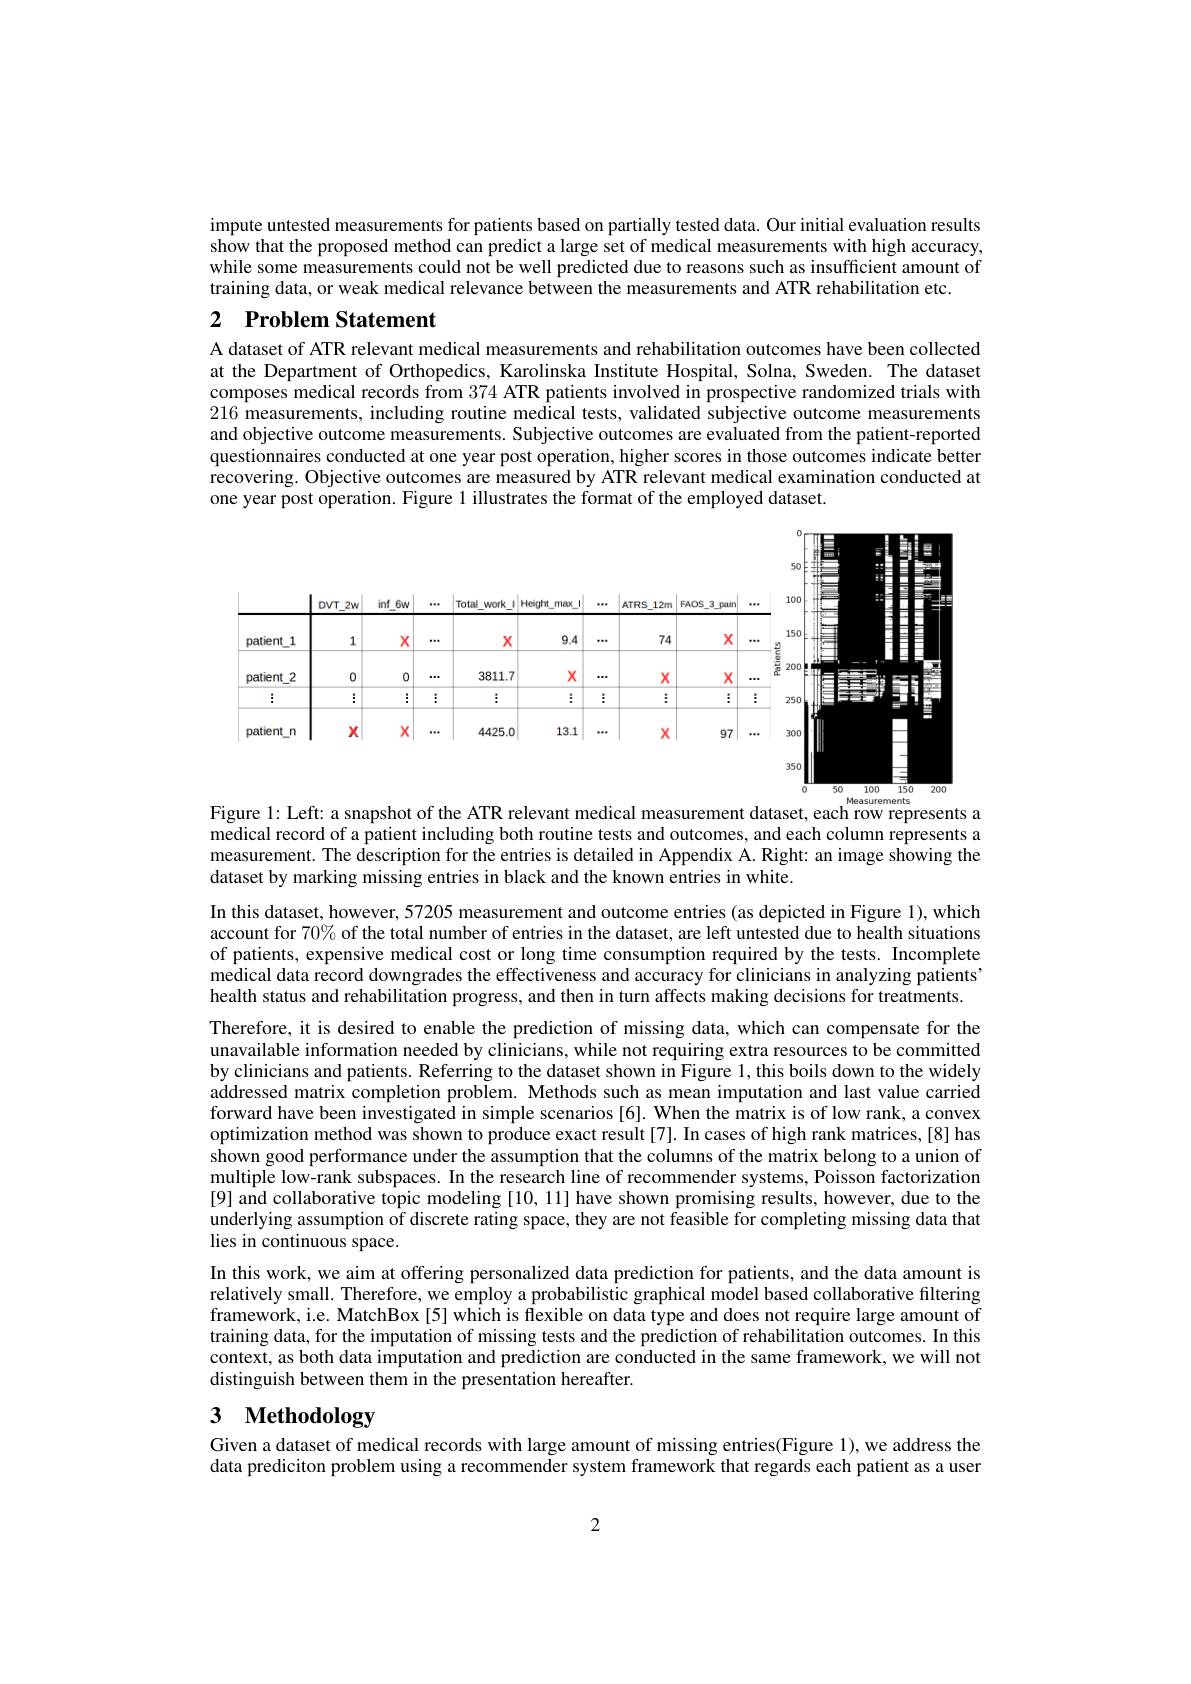
impute untested measurements for patients based on partially tested data. Our initial evaluation results $\dot{\text{show that the proposed method can predict a large set of medical measurements with high accuracy,}}$ while some measurements could not be well predicted due to reasons such as insufficient amount of training data, or weak medical relevance between the measurements and ATR rehabilitation etc.

## 2 Problem Statement

A dataset of ATR relevant medical measurements and rehabilitation outcomes have been collected at the Department of Orthopedics, Karolinska Institute Hospital, Solna, Sweden. The dataset composes medical records from 374 ATR patients involved in prospective randomized trials with 216 measurements, including routine medical tests, validated subjective outcome measurements and objective outcome measurements. Subjective outcomes are evaluated from the patient-reported questionnaires conducted at one year post operation, higher scores in those outcomes indicate better recovering. Objective outcomes are measured by ATR relevant medical examination conducted at one year post operation. Figure l illustrates the format of the employed dataset.

<FigureHere>

Measurements

Figure l: Left: a snapshot of the ATR relevant medical measurement dataset, each row represents a medical record of a patient including both routine tests and outcomes, and each column represents a measurement. The description for the entries is detailed in Appendix A. Right: an image showing the dataset by marking missing entries in black and the known entries in white.

In this dataset, however, 57205 measurement and outcome entries (as depicted in Figure 1), which account for 70% of the total number of entries in the dataset, are left untested due to health situations of patients, expensive medical cost or long time consumption required by the tests. Incomplete medical data record downgrades the effectiveness and accuracy for clinicians in analyzing patients" health status and rehabilitation progress, and then in turn affects making decisions for treatments. Therefore, it is desired to enable the prediction of missing data, which can compensate for the unavailable information needed by clinicians, while not requiring extra resources to be committed by clinicians and patients. Referring to the dataset shown in Figure 1,this boils down to the widely addressed matrix completion problem. Methods such as mean imputation and last value carried forward have been investigated in simple scenarios [6]. When the matrix is of low rank, a convex optimization method was shown to produce exact result[7]. In cases of high rank matrices,[8] has shown good performance under the assumption that the columns of the matrix belong to a union of multiple low-rank subspaces. In the research line of recommender systems, Poisson factorization $\hat{[9]\text{ and collaborative topic modeling }[10,11]\text{ have shown promising results, however, due to the}}$ underlying assumption of discrete rating space, they are not feasible for completing missing data that lies in continuous space.
In this work, we aim at offering personalized data prediction for patients, and the data amount is relatively small. Therefore, we employ a probabilistic graphical model based collaborative filtering framework, i.e. MatchBox[5] which is flexible on data type and does not require large amount of training data, for the imputation of missing tests and the prediction of rehabilitation outcomes. In this context, as both data imputation and prediction are conducted in the same framework, we will not distinguish between them in the presentation hereafter.

# 3 Methodology

Given a dataset of medical records with large amount of missing entries(Figure 1), we address the data prediciton problem using a recommender system framework that regards each patient as a user

2